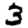
Digit: 3